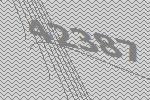
42387